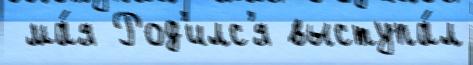
 ма́я Род'илс'я выступа́л